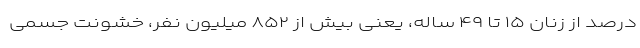
درصد از زنان ۱۵ تا ۴۹ ساله، یعنی بیش از ۸۵۲ میلیون نفر، خشونت جسمی